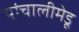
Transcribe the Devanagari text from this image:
पांचालीमेडू